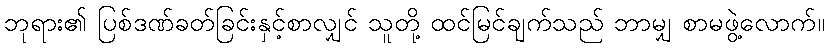
ဘုရား၏ ပြစ်ဒဏ်ခတ်ခြင်းနှင့်စာလျှင် သူတို့ ထင်မြင်ချက်သည် ဘာမျှ စာမဖွဲ့လောက်။